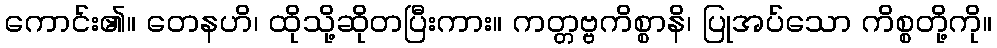
ကောင်း၏။ တေနဟိ၊ ထိုသို့ဆိုတပြီးကား။ ကတ္တဗ္ဗကိစ္စာနိ၊ ပြုအပ်သော ကိစ္စတို့ကို။